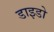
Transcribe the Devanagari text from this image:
डाइडो